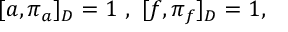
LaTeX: [ a , \pi _ { a } ] _ { D } = 1 ~ , ~ [ f , \pi _ { f } ] _ { D } = 1 ,